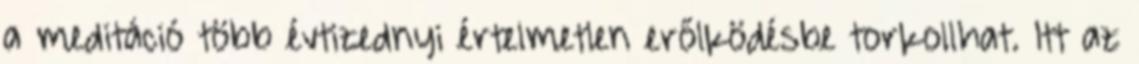
a meditáció több évtizednyi értelmetlen erőlködésbe torkollhat. Itt az